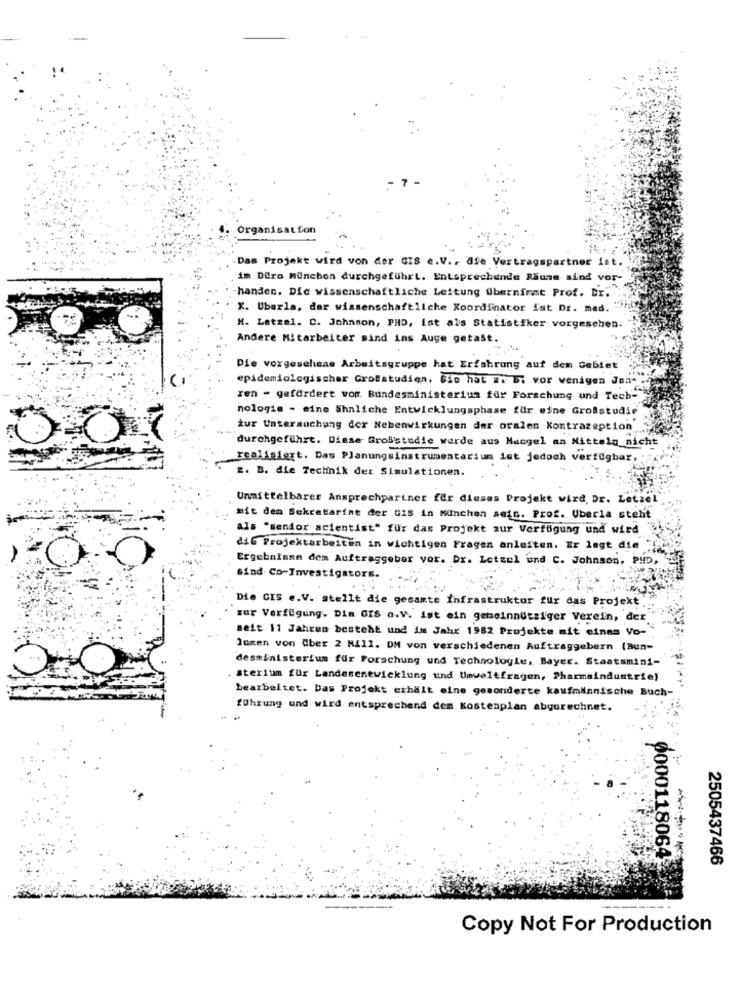
Organisation
Das Projekt wird von der GIS e.V ., Afe Vertragspartner ist.
im Duro Munchen durchgeführt. Entsprechende Raune sind vor-
handen. Die wissenschaftliche Leitung Übernimmt Prof. Dr.
X. Uberla, der wissenschaftliche Koordinator ist, Dr. med.
H. Latzel. C. Johnson, PHD, ist als Statistiker vorgesehen.
Andere Mitarbeiter sind ins Auge getast.
Die vorgesehene Arbeitsgruppe hat Erfahrung auf dem Gebiet
epidemiologischer Grolstudien, Sie hat a. Ei vor wenigen Jah- .
ren - gefördert vom Bundesministerium für Forschung und Tech-
nologie - eine ähnliche Entwicklungsphase für eine Großstudie
tur Untersuchung der Nebenwirkungen der oralen Kontrazeption
durchgeführt. Diese GroBstudie wurde aus Mangel an Mitteln nicht
realisiert. Das Planungsinstrumentarium ist jedoch verfügbar,
-
z. B. die Technik det Simulationen.
Unmittelbarer Ansprechpartner für dieses Projekt wird. Dr. Letzel
mit dem Sekretariat der GIS in München sein. Prof. Uberla steht
Als "sendor scientist" fur das Projekt zur Verfügung und wird
diG Projektarbeiten in wichtigen Fragen anleiten. Er lagt die
Ergebnisse dem Auftraggeber vor. Dr. Letsel und C. Johnson, PHD,
Sind Co-Investigators.
Die CIS e.V. stellt die gesamte Infrastruktur für das Projekt ...
zur Verfügung. Dim GIS a.V. ist ein gemeinnütsiger Verein, der
seit 11 Jahren besteht und im Jahr 1982 Projekte mit einem Vo-
lumen von Aber 2 Mill. DM von verschiedenen Auftraggebern (Bun-
desministerium für Forschung und Technologie, Bayer. Staatsmini-
. sterium für Landesentwicklung und theweltfragen, Pharmaindustrie)
bearbeitet. Das Projekt erhält eine gesonderte kaufmännische Buch-
führung und wird entsprechend dem Kostenplan abyorechnet.
2505437466
9000118064-
Copy Not For Production